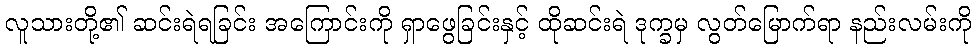
လူသားတို့၏ ဆင်းရဲရခြင်း အကြောင်းကို ရှာဖွေခြင်းနှင့် ထိုဆင်းရဲ ဒုက္ခမှ လွတ်မြောက်ရာ နည်းလမ်းကို